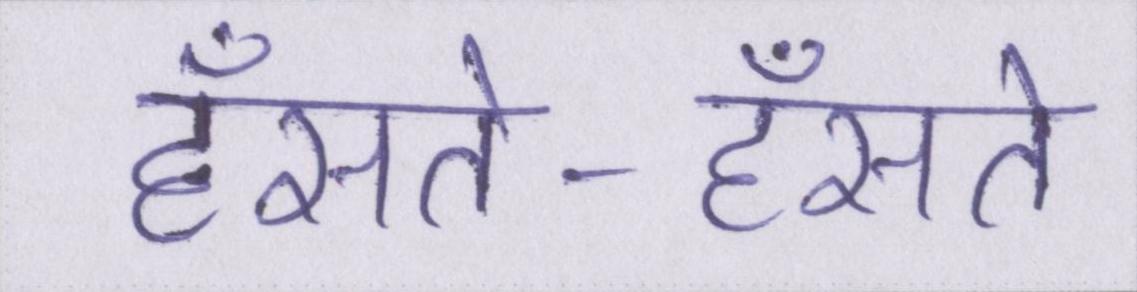
हँसते-हँसते